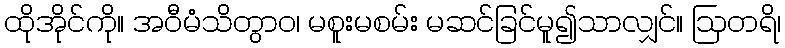
ထိုအိုင်ကို။ အဝီမံသိတွာဝ၊ မစူးမစမ်း မဆင်ခြင်မူ၍သာလျှင်။ ဩတရိ၊